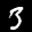
Label: 3